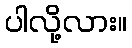
ပါလို့လား။